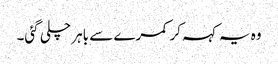
وہ یہ کہہ کر کمرے سے باہر چلی گئی۔